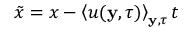
\tilde { x } = x - \left\langle u ( \mathbf { y } , \tau ) \right\rangle _ { \mathbf { y } , \tau } t